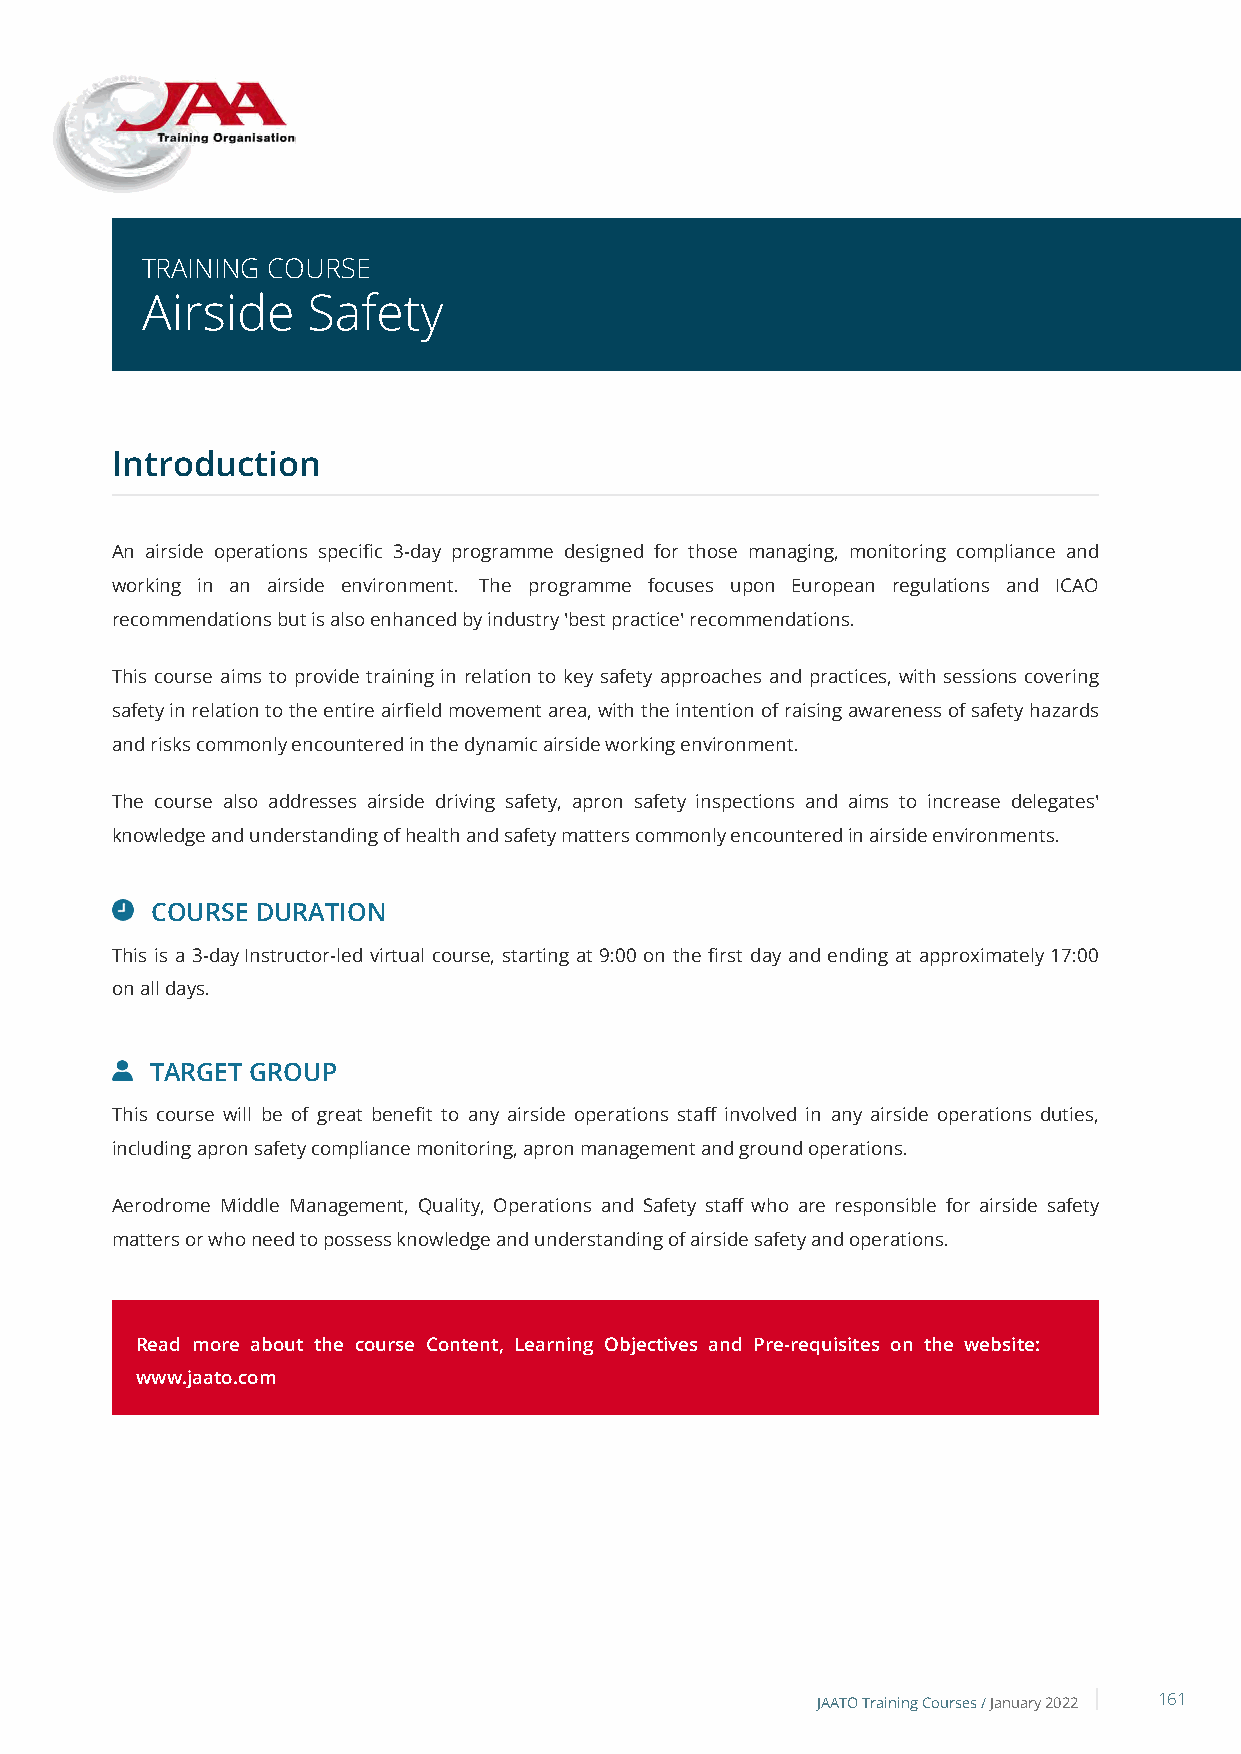
TRAINING COURSE
 Airside    Safety
 Introduction
 An airside operations specific 3-day programme designed for those managing, monitoring compliance and
 working in an airside environment. The programme focuses upon European regulations and ICAO
 recommendations but is also enhanced by industry 'best practice' recommendations.
 This course aims to provide training in relation to key safety approaches and practices, with sessions covering
 safety in relation to the entire airfield movement area, with the intention of raising awareness of safety hazards
 and risks commonly encountered in the dynamic airside working environment.
 The course also addresses airside driving safety, apron safety inspections and aims to increase delegates'
 knowledge and understanding of health and safety matters commonly encountered in airside environments.
 COURSE DURATION
 This is a 3-day Instructor-led virtual course, starting at 9:00 on the first day and ending at approximately 17:00
 on all days.
 TARGET GROUP
 This course will be of great benefit to any airside operations staff involved in any airside operations duties,
 including apron safety compliance monitoring, apron management and ground operations.
 Aerodrome Middle Management, Quality, Operations and Safety staff who are responsible for airside safety
 matters or who need to possess knowledge and understanding of airside safety and operations.
 Read more about the course Content, Learning Objectives and Pre-requisites on the website:
 www.jaato.com
 JAATO Training Courses /January 2022 161